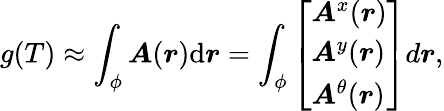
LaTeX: g(T)\approx\int_{\phi}{\boldsymbol{A}(\boldsymbol{r})\mathrm{d}\boldsymbol{r}}=\int_{\phi}\left[\begin{array}{l}{\boldsymbol{A}^{x}(\boldsymbol{r})}\\ {\boldsymbol{A}^{y}(\boldsymbol{r})}\\ {\boldsymbol{A}^{\theta}(\boldsymbol{r})}\end{array}\right]d\boldsymbol{r},